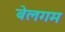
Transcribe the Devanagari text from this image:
बेलगम